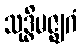
သုဒ္ဓိမဇ္ဈဂံ